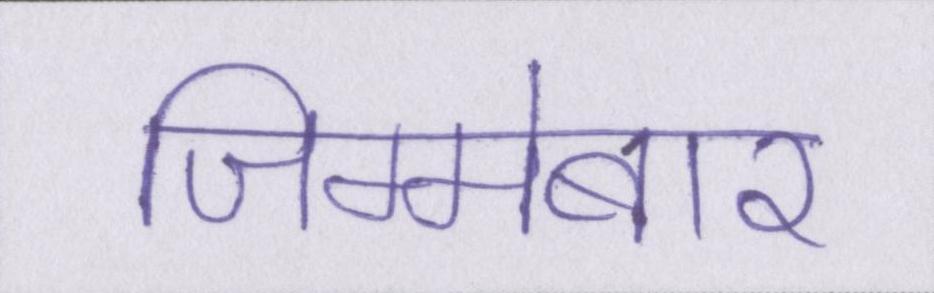
जिम्मेबार